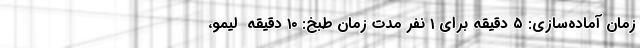
زمان آماده‌سازی: ۵ دقیقه برای ۱ نفر مدت زمان طبخ: ۱۰ دقیقه  لیمو،